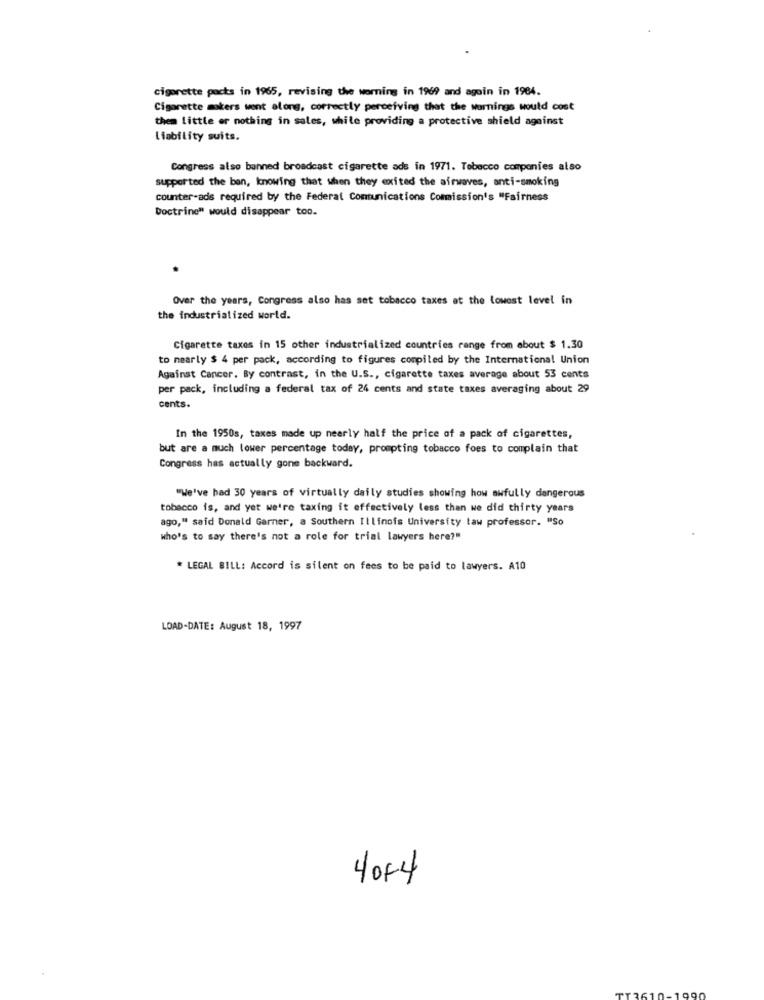
cigarette packs in 1965, revising the worning in 1969 and again in 1984.
Cigarette makers went along, correctly perceiving that the warnings would cost
them little er nothing in sales, while providing a protective shield against
Liability suits.
Congress also banned broadcast cigarette ads in 1971. Tobacco companies also
supported the ben, knowing that when they exited the airwaves, anti-smoking
counter-ads required by the Federal Contunications Commission's "Fairness
Doctrine" would disappear too.
Over the years, Congress also has set tobacco taxes at the lowest level in
the industrialized world.
Cigarette taxes in 15 other industrialized countries range from about $ 1.30
to nearly $ 4 per pack, according to figures compiled by the International Union
Against Cancer. By contrast, in the U.S ., cigarette taxes average about 53 cents
per pack, including a federal tax of 24 cents and state taxes averaging about 29
cents.
In the 1950s, taxes made up nearly half the price of a pack of cigarettes,
but are a much lower percentage today, prompting tobacco foes to complain that
Congress has actually gone backward.
"We've had 30 years of virtually daily studies showing how awfully dangerous
tobacco is, and yet we're taxing it effectively less than we did thirty years
ago," said Donald Garner, a Southern Illinois University law professor. "So
who's to say there's not a role for trial lawyers here?"
* LEGAL BILL: Accord is silent on fees to be paid to lawyers. A10
LOAD-DATE: August 18, 1997
40F4
100